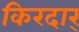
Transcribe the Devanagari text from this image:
किरदार्